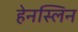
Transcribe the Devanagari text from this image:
हेनस्लिन